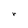
Character: r